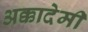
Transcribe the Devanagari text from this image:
अक्कादेमी